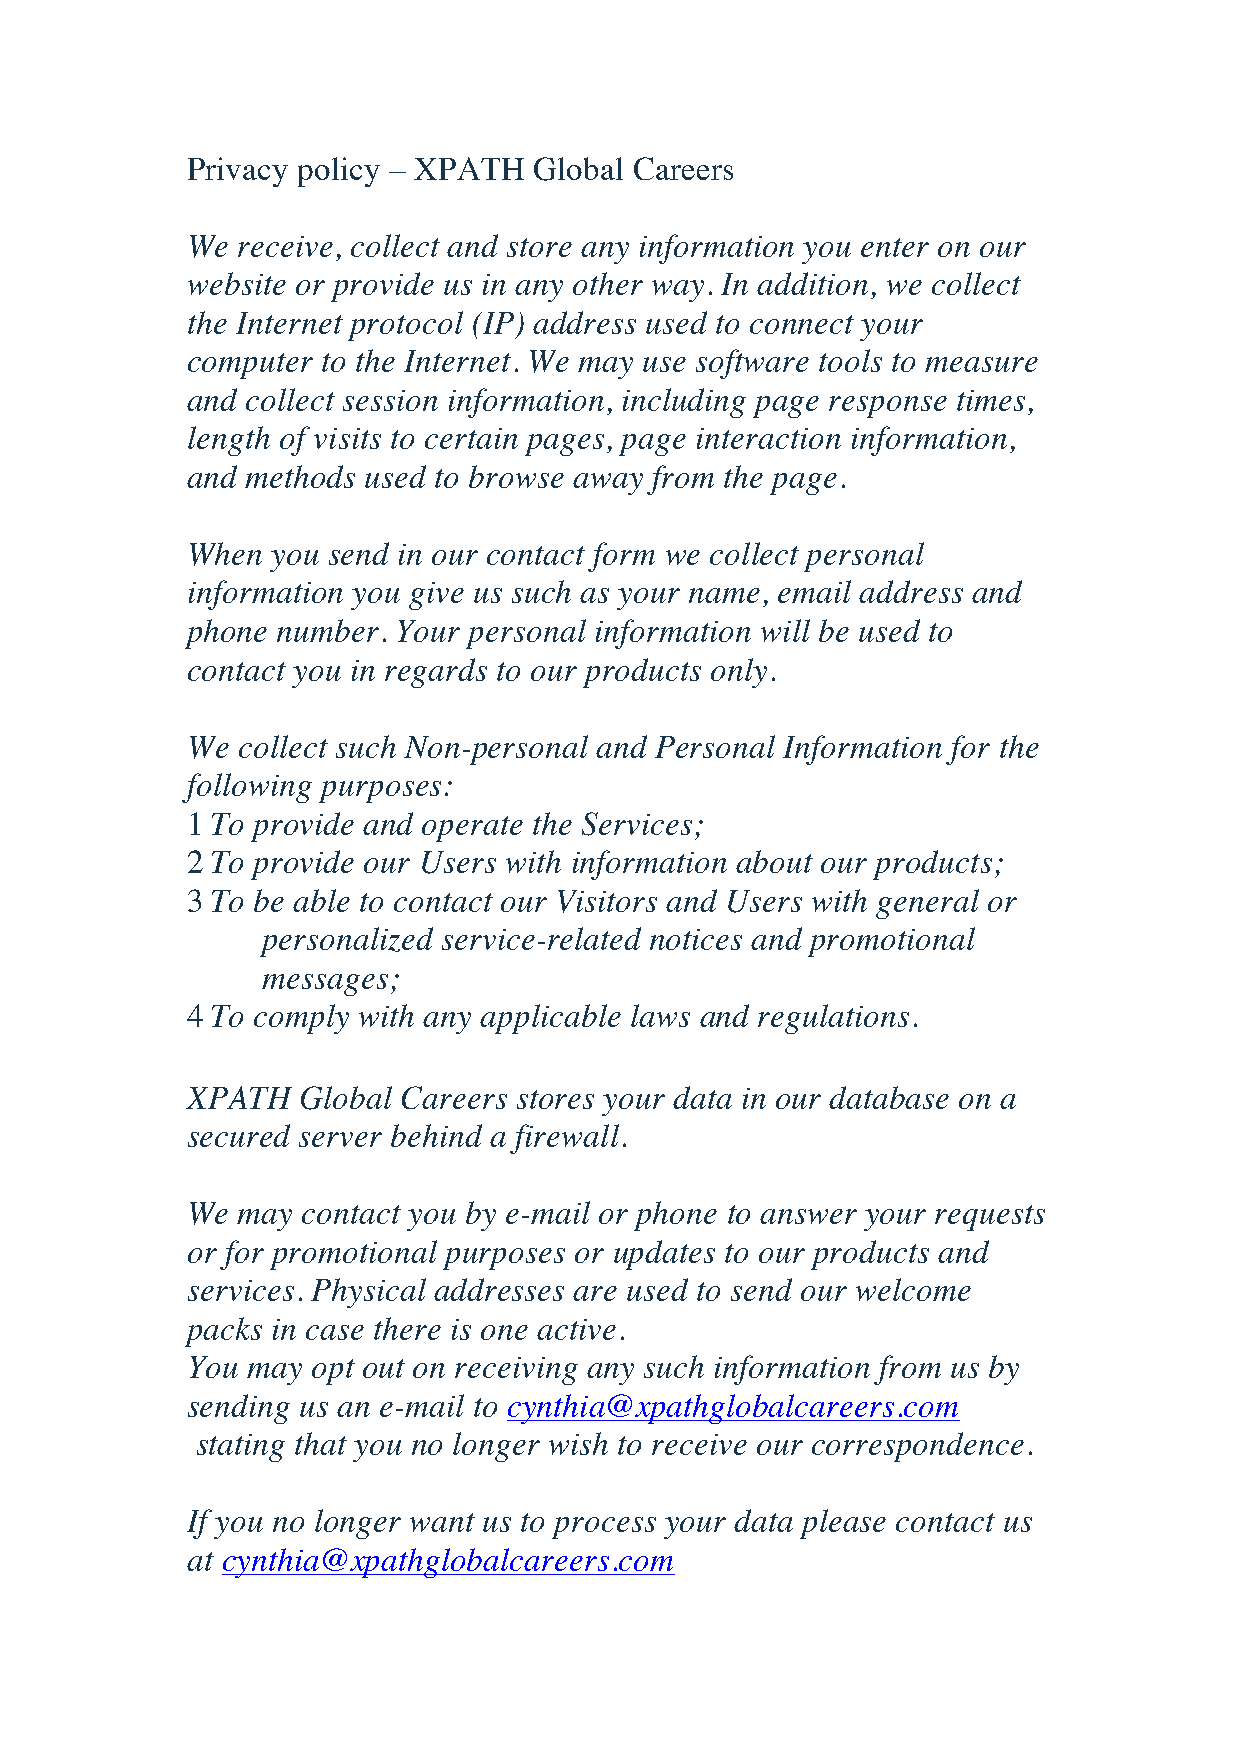
Privacy policy – XPATH Global Careers
 We  receive, collect and store any information you enter on our
 website or provide us in any other way. In addition, we collect
 the Internet protocol (IP) address used to connect your
 computer to the Internet. We may use software tools to measure
 and collect session information, including page response times,
 length of visits to certain pages, page interaction information,
 and methods used to browse away from the page.
 When  you send in our contact form we collect personal
 information you give us such as your name, email address and
 phone number. Your personal information will be used to
 contact you in regards to our products only.
 We  collect such Non-personal and Personal Information for the
 following purposes:
 1 To provide and operate the Services;
 2 To provide our Users with information about our products;
 3 To be able to contact our Visitors and Users with general or
 personalized service-related notices and promotional
 messages;
 4 To comply with any applicable laws and regulations.
 XPATH   Global Careers stores your data in our database on a
 secured server behind a firewall.
 We  may contact you by e-mail or phone to answer your requests
 or for promotional purposes or updates to our products and
 services. Physical addresses are used to send our welcome
 packs in case there is one active.
 You may  opt out on receiving any such information from us by
 sending us an e-mail to cynthia@xpathglobalcareers.com
 stating that you no longer wish to receive our correspondence.
 If you no longer want us to process your data please contact us
 at cynthia@xpathglobalcareers.com